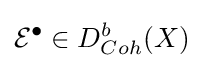
{\mathcal {E}}^{\bullet }\in D_{Coh}^{b}(X)